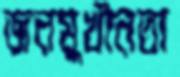
জনমুখীনতা